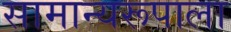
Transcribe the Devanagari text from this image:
सामान्यरूपाला